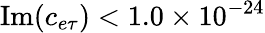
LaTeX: \mathrm{Im}(c_{e\tau})<1.0\times 10^{-24}